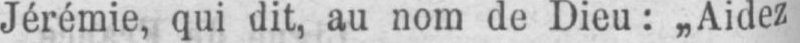
Jérémie, qui dit, au nom de Dieu: „Aidez